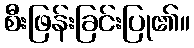
စီးဖြန်းခြင်းပြု၏။